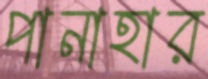
পানাহার